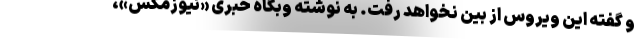
و گفته این ویروس از بین نخواهد رفت. به نوشته وبگاه خبری «نیوزمکس»،